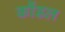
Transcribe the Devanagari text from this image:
कौंडल